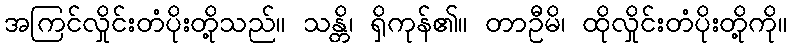
အကြင်လှိုင်းတံပိုးတို့သည်။ သန္တိ၊ ရှိကုန်၏။ တာဦမိ၊ ထိုလှိုင်းတံပိုးတို့ကို။